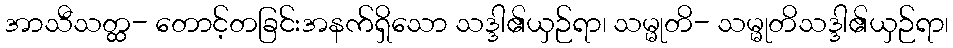
အာသီသတ္ထ- တောင့်တခြင်းအနက်ရှိသော သဒ္ဒါ၏ယှဉ်ရာ၊ သမ္မုတိ- သမ္မုတိသဒ္ဒါ၏ယှဉ်ရာ၊